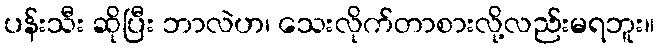
ပန်းသီး ဆိုပြီး ဘာလဲဟ၊ သေးလိုက်တာစားလို့လည်းမရဘူး။